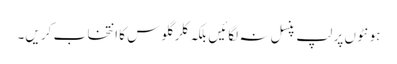
ہو نٹو ں پر لپ پنسل نہ لگائیں بلکہ کلر گلو س کا انتخا ب کر یں۔